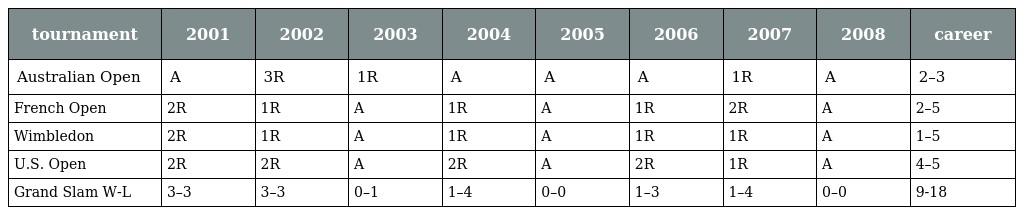
| tournament | 2001 | 2002 | 2003 | 2004 | 2005 | 2006 | 2007 | 2008 | career |
 | --- | --- | --- | --- | --- | --- | --- | --- | --- | --- |
 | Australian Open | A | 3R | 1R | A | A | A | 1R | A | 2–3 |
 | French Open | 2R | 1R | A | 1R | A | 1R | 2R | A | 2–5 |
 | Wimbledon | 2R | 1R | A | 1R | A | 1R | 1R | A | 1–5 |
 | U.S. Open | 2R | 2R | A | 2R | A | 2R | 1R | A | 4–5 |
 | Grand Slam W-L | 3–3 | 3–3 | 0–1 | 1–4 | 0–0 | 1–3 | 1–4 | 0–0 | 9-18 |